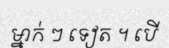
ម្នាក់ ៗ ទៀត ។ បើ